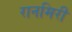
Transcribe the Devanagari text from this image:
रानमिरी